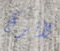
لأترك